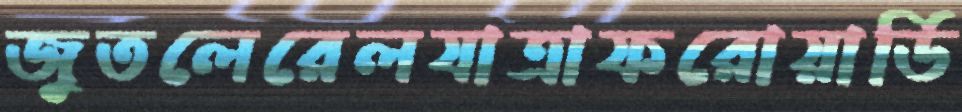
জুতলেরেলযাত্রাফরোয়ার্ডি